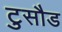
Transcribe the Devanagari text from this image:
टुसौड